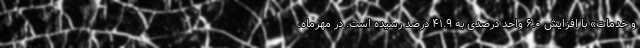
و خدمات» با افزایش ۶.٠ واحد درصدی به ۴١.٩ درصد رسیده است. در مهرماه،